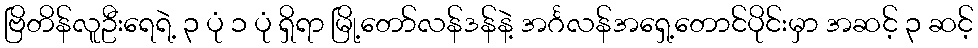
ဗြိတိန်လူဦးရေရဲ့ ၃ ပုံ ၁ ပုံ ရှိရာ မြို့တော်လန်ဒန်နဲ့ အင်္ဂလန်အရှေ့တောင်ပိုင်းမှာ အဆင့် ၃ ဆင့်